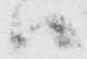
ハ